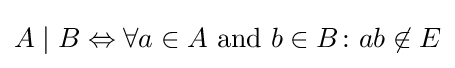
A\mid B\Leftrightarrow \forall a\in A{\hbox{ and }}b\in B\colon ab\not \in E